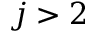
j > 2